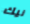
نيك